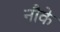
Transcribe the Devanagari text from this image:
नौके